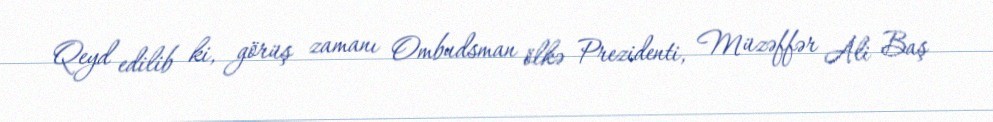
Qeyd edilib ki, görüş zamanı Ombudsman ölkə Prezidenti, Müzəffər Ali Baş